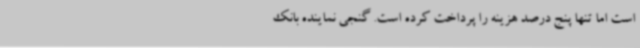
است اما تنها پنج درصد هزینه را پرداخت کرده است. گنجی نماینده بانک